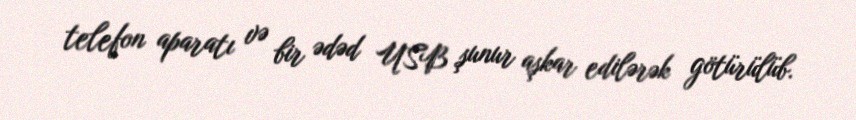
telefon aparatı və bir ədəd USB şunur aşkar edilərək götürülüb.